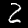
Digit: 2